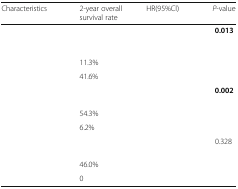
<table><thead><tr><td><b>Characteristics</b></td><td><b>2-year overall survival rate</b></td><td><b>HR(95%Cl)</b></td><td><b><i>P</i>-value</b></td></tr></thead><tbody><tr><td>[EMPTY_CELL]</td><td>[EMPTY_CELL]</td><td>[EMPTY_CELL]</td><td><b>0.013</b></td></tr><tr><td>[EMPTY_CELL]</td><td>11.3%</td><td>[EMPTY_CELL]</td><td>[EMPTY_CELL]</td></tr><tr><td>[EMPTY_CELL]</td><td>41.6%</td><td>[EMPTY_CELL]</td><td>[EMPTY_CELL]</td></tr><tr><td>[EMPTY_CELL]</td><td>[EMPTY_CELL]</td><td>[EMPTY_CELL]</td><td><b>0.002</b></td></tr><tr><td>[EMPTY_CELL]</td><td>54.3%</td><td>[EMPTY_CELL]</td><td>[EMPTY_CELL]</td></tr><tr><td>[EMPTY_CELL]</td><td>6.2%</td><td>[EMPTY_CELL]</td><td>[EMPTY_CELL]</td></tr><tr><td>[EMPTY_CELL]</td><td>[EMPTY_CELL]</td><td>[EMPTY_CELL]</td><td>0.328</td></tr><tr><td>[EMPTY_CELL]</td><td>46.0%</td><td>[EMPTY_CELL]</td><td>[EMPTY_CELL]</td></tr><tr><td>[EMPTY_CELL]</td><td>0</td><td>[EMPTY_CELL]</td><td>[EMPTY_CELL]</td></tr></tbody></table>